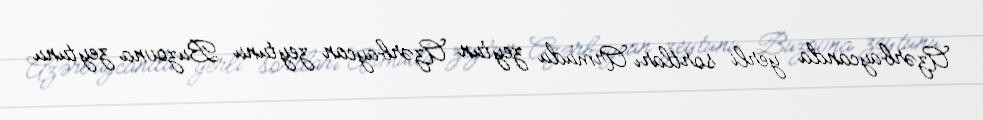
Azərbaycanda yerli sortları Armudu zeytun Azərbaycan zeytunu Buzovna zeytunu